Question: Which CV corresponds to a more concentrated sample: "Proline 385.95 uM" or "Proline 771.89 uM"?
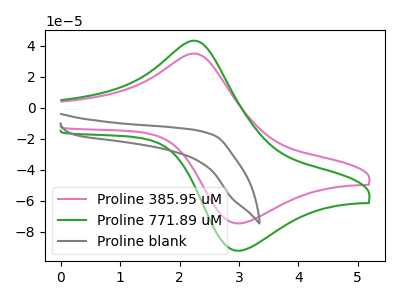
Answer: <think>The pink curve "Proline 385.95 uM" has an anodic peak at (2.25V, 35.05uA) and a cathodic peak at (3.00V, -74.65uA). The green curve "Proline 771.89 uM" has an anodic peak at (2.25V, 43.35uA) and a cathodic peak at (3.00V, -92.25uA). The gray curve "Proline blank" has no peaks.
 All the peaks in "Proline 385.95 uM" have a peak in "Proline 771.89 uM" at the same potential. Every peak in "Proline 385.95 uM" is lower than every peak in "Proline 771.89 uM".</think>
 <answer>"Proline 385.95 uM" has less signal than "Proline 771.89 uM" and so likely has a lower concentration.</answer>
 <eval>less_concentration</eval>